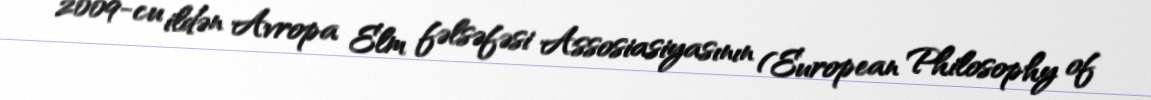
2009-cu ildən Avropa Elm fəlsəfəsi Assosiasiyasının (European Philosophy of